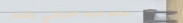
مطعم البيت اللبناني يقدم